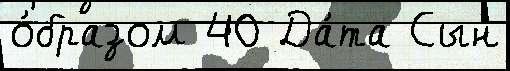
о́бразом 40 Да́та Сын